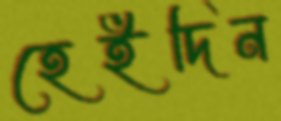
হেইদিন